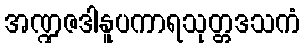
အဏ္ဍဇဒါနူပကာရသုတ္တဒသကံ